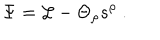
LaTeX: \Psi = { \cal L } - \Theta _ { \rho } s ^ { \rho } \ .